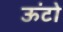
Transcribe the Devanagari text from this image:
ऊंटो